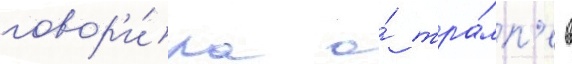
говор'и́ла о́ тра́мп'е в